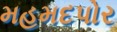
મહમદપોર